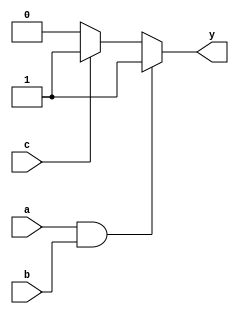
module combinational_logic (
    input wire a,         // Input signal a
    input wire b,         // Input signal b
    input wire c,         // Input signal c
    output reg y          // Output signal y
);

    // Combinational logic block
    always @(*) begin
        // Example logic: y is the result of a AND b OR c
        if (a && b) begin
            y = 1'b1;      // If both a and b are high, y is high
        end else if (c) begin
            y = 1'b1;      // If c is high, y is high
        end else begin
            y = 1'b0;      // Otherwise, y is low
        end
    end

endmodule